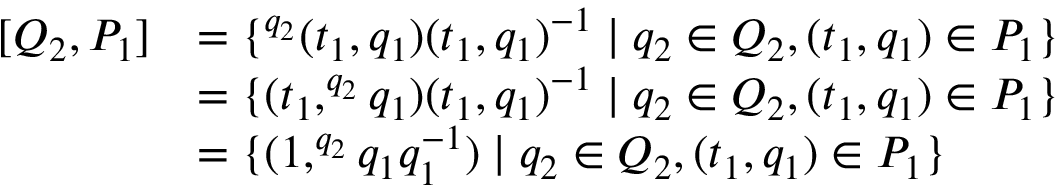
\begin{array} { r l } { [ Q _ { 2 } , P _ { 1 } ] } & { = \{ ^ { q _ { 2 } } ( t _ { 1 } , q _ { 1 } ) ( t _ { 1 } , q _ { 1 } ) ^ { - 1 } \mid q _ { 2 } \in Q _ { 2 } , ( t _ { 1 } , q _ { 1 } ) \in P _ { 1 } \} } \\ & { = \{ ( t _ { 1 } , ^ { q _ { 2 } } q _ { 1 } ) ( t _ { 1 } , q _ { 1 } ) ^ { - 1 } \mid q _ { 2 } \in Q _ { 2 } , ( t _ { 1 } , q _ { 1 } ) \in P _ { 1 } \} } \\ & { = \{ ( 1 , ^ { q _ { 2 } } q _ { 1 } q _ { 1 } ^ { - 1 } ) \mid q _ { 2 } \in Q _ { 2 } , ( t _ { 1 } , q _ { 1 } ) \in P _ { 1 } \} } \end{array}